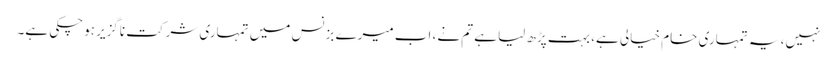
نہیں، یہ تمہاری خام خیالی ہے، بہت پڑھ لیا ہے تم نے، اب میرے بزنس میں تمہاری شرکت ناگزیر ہوچکی ہے۔